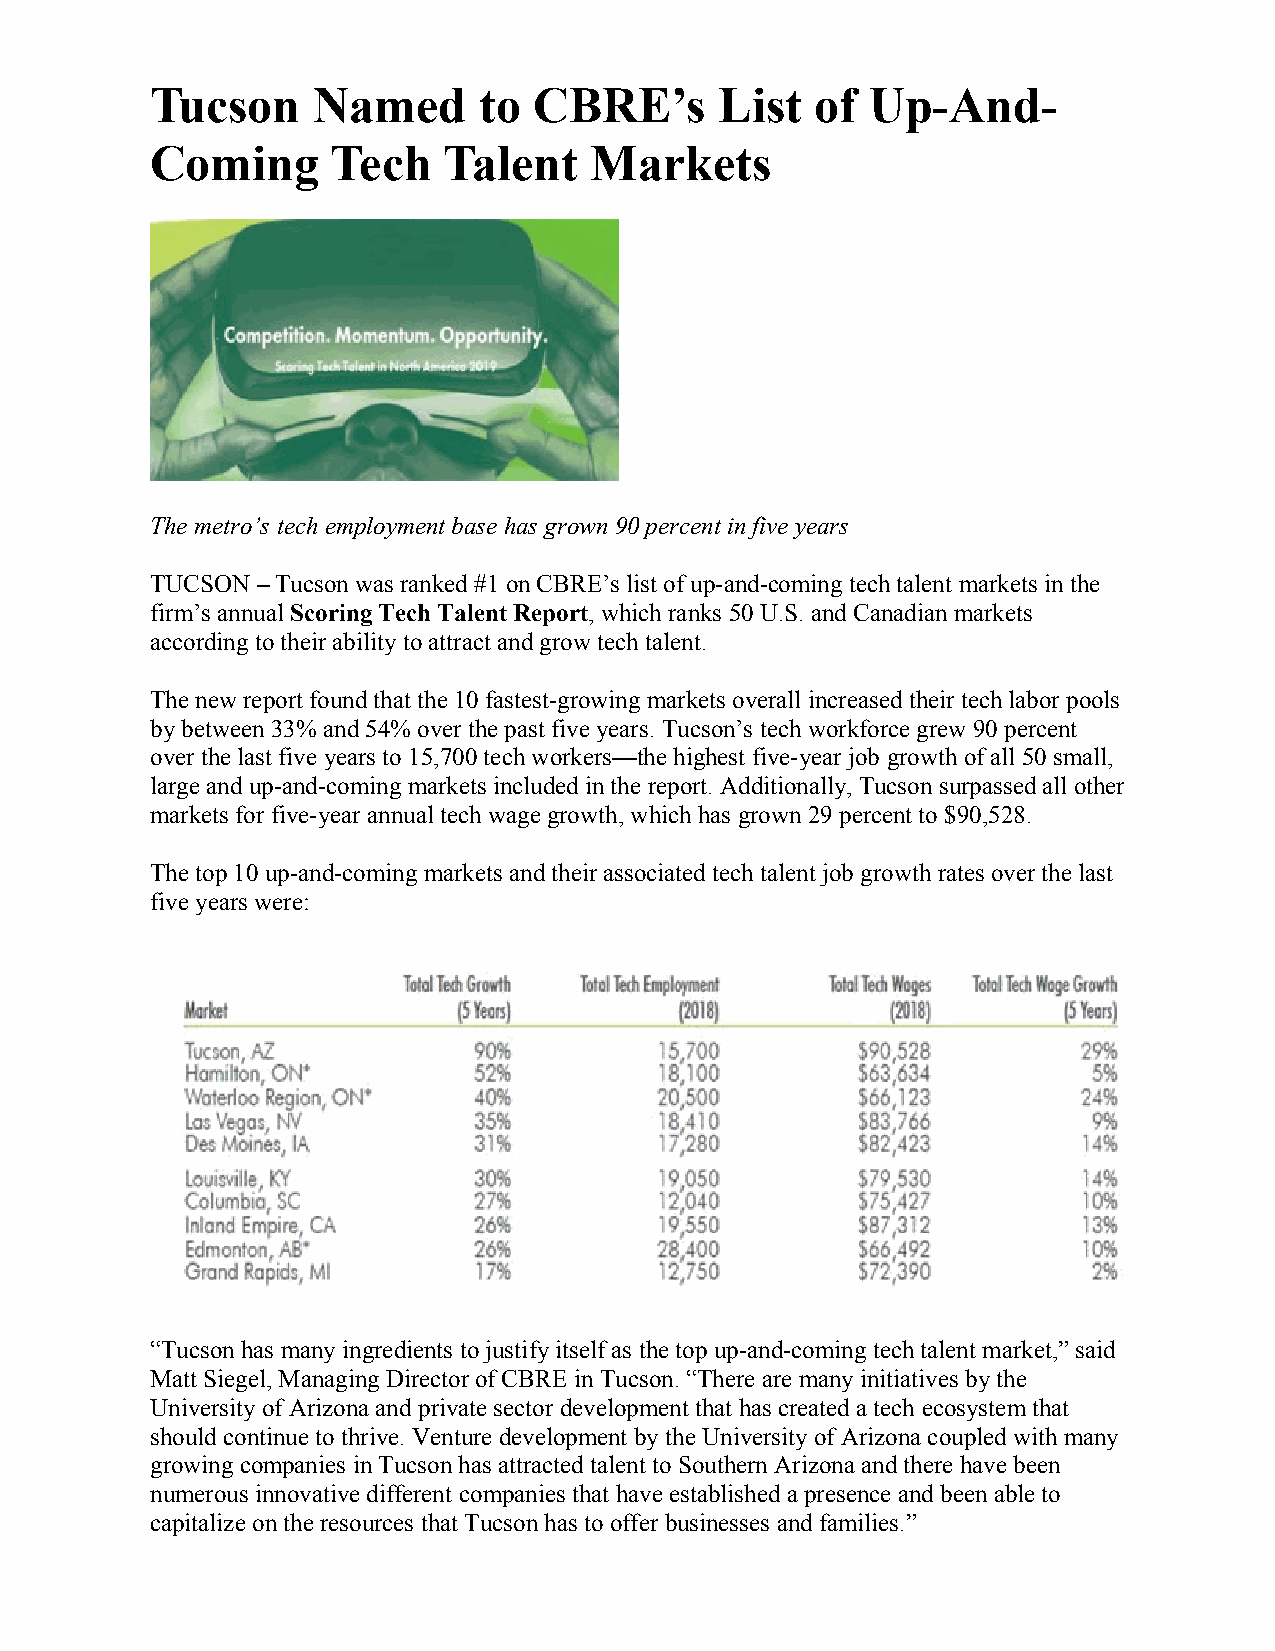
Tucson     Named      to CBRE’s       List  of  Up-And-
 Coming      Tech   Talent    Markets
 The metro’s tech employment base has grown 90 percent in five years
 TUCSON – Tucson was ranked #1 on CBRE’s list of up-and-coming tech talent markets in the
 firm’s annual Scoring Tech Talent Report, which ranks 50 U.S. and Canadian markets
 according to their ability to attract and grow tech talent.
 The new report found that the 10 fastest-growing markets overall increased their tech labor pools
 by between 33% and 54% over the past five years. Tucson’s tech workforce grew 90 percent
 over the last five years to 15,700 tech workers—the highest five-year job growth of all 50 small,
 large and up-and-coming markets included in the report. Additionally, Tucson surpassed all other
 markets for five-year annual tech wage growth, which has grown 29 percent to $90,528.
 The top 10 up-and-coming markets and their associated tech talent job growth rates over the last
 five years were:
 “Tucson has many ingredients to justify itself as the top up-and-coming tech talent market,” said
 Matt Siegel, Managing Director of CBRE in Tucson. “There are many initiatives by the
 University of Arizona and private sector development that has created a tech ecosystem that
 should continue to thrive. Venture development by the University of Arizona coupled with many
 growing companies in Tucson has attracted talent to Southern Arizona and there have been
 numerous innovative different companies that have established a presence and been able to
 capitalize on the resources that Tucson has to offer businesses and families.”